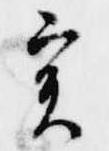
実